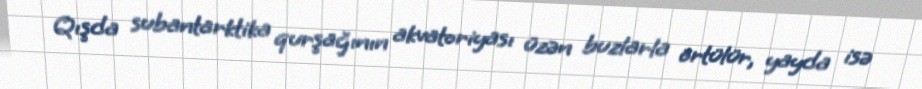
Qışda subantarktika qurşağının akvatoriyası üzən buzlarla örtülür, yayda isə